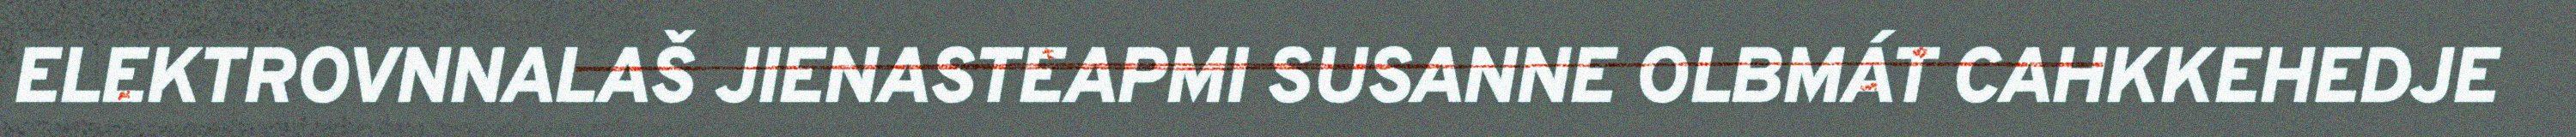
ELEKTROVNNALAŠ JIENASTEAPMI SUSANNE OLBMÁT CAHKKEHEDJE